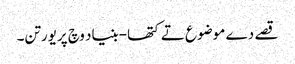
قصے دے موضوع تے کتھا-بنیاد وچ پریورتن۔